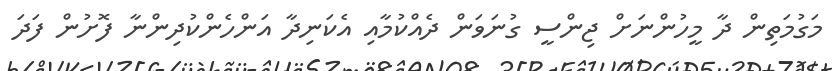
މަގުމަތިން ދާ މީހުންނަށް ޖިންސީ ގުނަވަން ދެއްކުމާއި އެކަނިދާ އަންހެންކުދިންނާ ފޮށުން ފަދަ